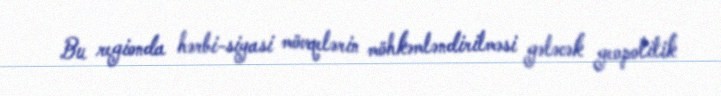
Bu regionda hərbi-siyasi mövqelərin möhkəmləndirilməsi gələcək geopolitik